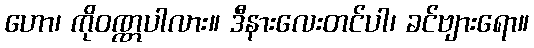
ဟော၊ ကိုဝဏ္ဏပါလား။ ဒီနားလေးတင်ပါ၊ ခင်ဗျားရော။